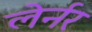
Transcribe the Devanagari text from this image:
लेर्नर